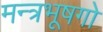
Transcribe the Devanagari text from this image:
मन्त्रभूषगो